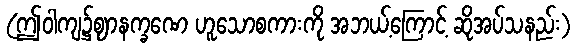
(ဤဝါကျ၌ဈာနက္ခဏေ ဟူသောစကားကို အဘယ့်ကြောင့် ဆိုအပ်သနည်း)